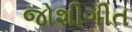
જોશીગીત